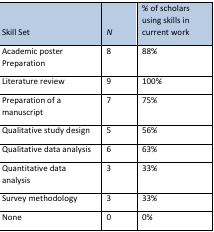
<table><thead><tr><td><b>Skill Set</b></td><td><b><i>N</i></b></td><td><b>% of scholars using skills in current work</b></td></tr></thead><tbody><tr><td>Academic poster Preparation</td><td>8</td><td>88%</td></tr><tr><td>Literature review</td><td>9</td><td>100%</td></tr><tr><td>Preparation of a manuscript</td><td>7</td><td>75%</td></tr><tr><td>Qualitative study design</td><td>5</td><td>56%</td></tr><tr><td>Qualitative data analysis</td><td>6</td><td>63%</td></tr><tr><td>Quantitative data analysis</td><td>3</td><td>33%</td></tr><tr><td>Survey methodology</td><td>3</td><td>33%</td></tr><tr><td>None</td><td>0</td><td>0%</td></tr></tbody></table>